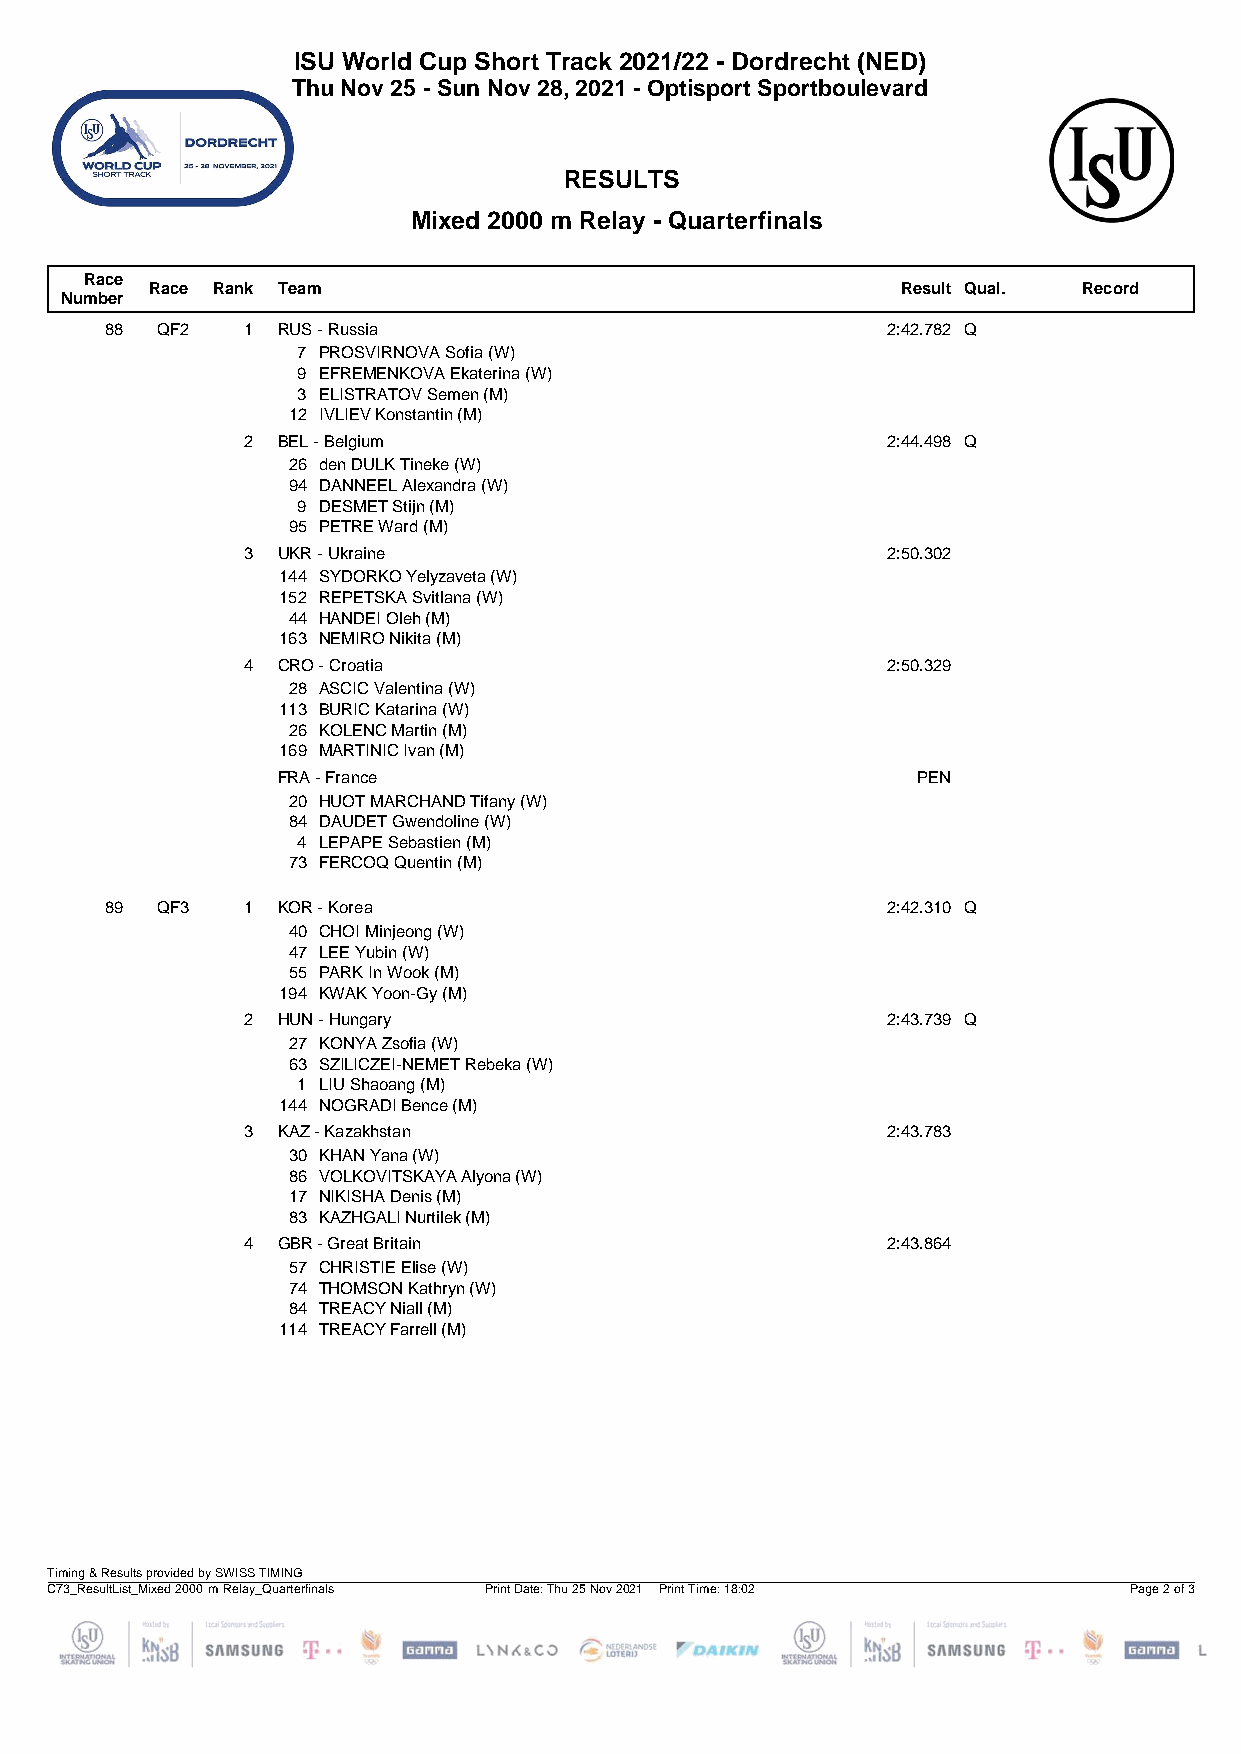
ISU World Cup Short Track 2021/22 - Dordrecht (NED)
 Thu Nov 25 - Sun Nov 28, 2021 - Optisport Sportboulevard
 RESULTS
 Mixed 2000 m Relay - Quarterfinals
 Race
 Race Rank Team                                    Result Qual. Record
 Number
 88 QF2   1 RUS - Russia                             2:42.782 Q
 7 PROSVIRNOVA Sofia (W)
 9 EFREMENKOVA Ekaterina (W)
 3 ELISTRATOV Semen (M)
 12 IVLIEV Konstantin (M)
 2 BEL - Belgium                            2:44.498 Q
 26 den DULK Tineke (W)
 94 DANNEEL Alexandra (W)
 9 DESMET Stijn (M)
 95 PETRE Ward (M)
 3 UKR - Ukraine                            2:50.302
 144 SYDORKO Yelyzaveta (W)
 152 REPETSKA Svitlana (W)
 44 HANDEI Oleh (M)
 163 NEMIRO Nikita (M)
 4 CRO - Croatia                            2:50.329
 28 ASCIC Valentina (W)
 113 BURIC Katarina (W)
 26 KOLENC Martin (M)
 169 MARTINIC Ivan (M)
 FRA - France                               PEN
 20 HUOT MARCHAND Tifany (W)
 84 DAUDET Gwendoline (W)
 4 LEPAPE Sebastien (M)
 73 FERCOQ Quentin (M)
 89 QF3   1 KOR - Korea                              2:42.310 Q
 40 CHOI Minjeong (W)
 47 LEE Yubin (W)
 55 PARK In Wook (M)
 194 KWAK Yoon-Gy (M)
 2 HUN - Hungary                            2:43.739 Q
 27 KONYA Zsofia (W)
 63 SZILICZEI-NEMET Rebeka (W)
 1 LIU Shaoang (M)
 144 NOGRADI Bence (M)
 3 KAZ - Kazakhstan                         2:43.783
 30 KHAN Yana (W)
 86 VOLKOVITSKAYA Alyona (W)
 17 NIKISHA Denis (M)
 83 KAZHGALI Nurtilek (M)
 4 GBR - Great Britain                      2:43.864
 57 CHRISTIE Elise (W)
 74 THOMSON Kathryn (W)
 84 TREACY Niall (M)
 114 TREACY Farrell (M)
 Timing & Results provided by SWISS TIMING
 C73_ResultList_Mixed 2000 m Relay_Quarterfinals Print Date: Thu 25 Nov 2021 Print Time: 18:02 Page 2 of 3